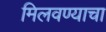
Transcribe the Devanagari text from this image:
मिलवण्याचा